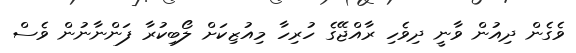
ވެގެން ދިއުން ވާނީ ދިވެހި ރާއްޖޭގެ ހުރިހާ މިއުޒިކަށް ލޯބިކުރާ ފަންނާނުން ވެސް